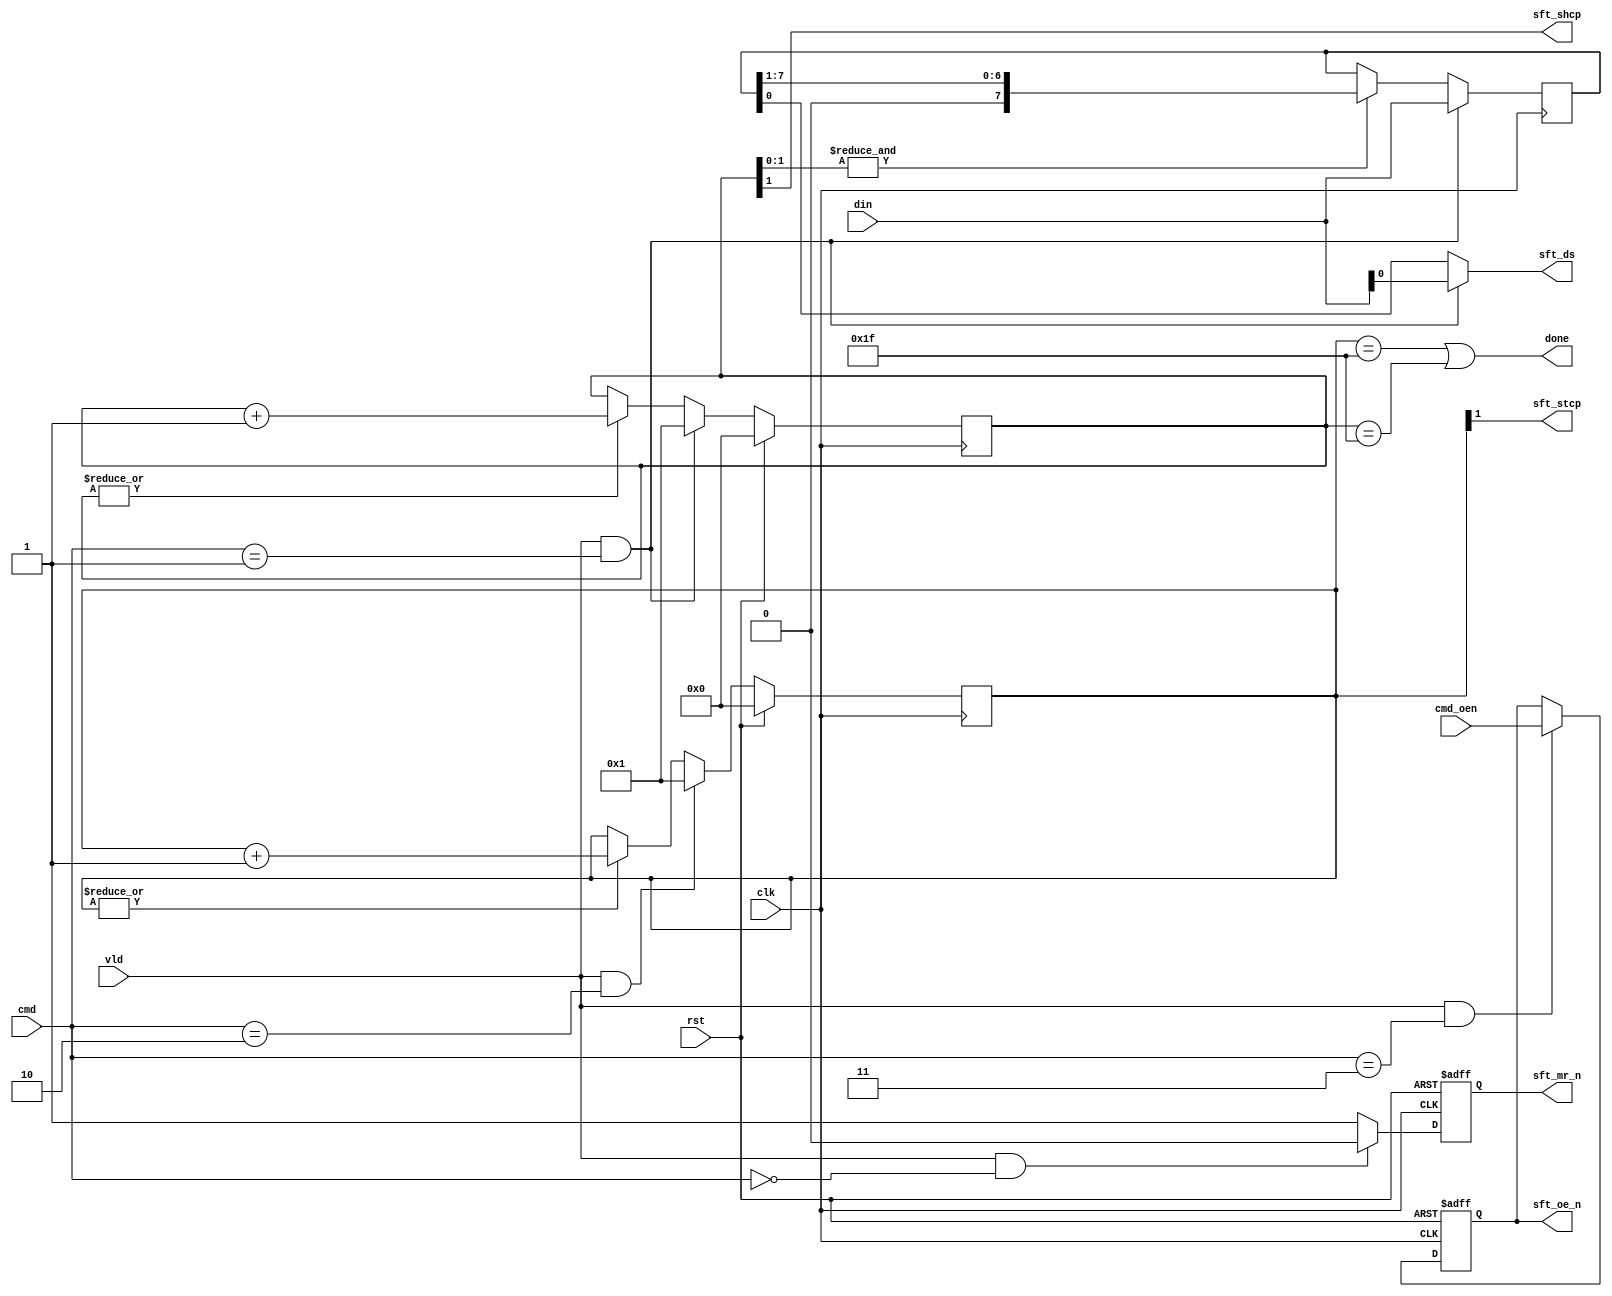
module shift(
input        clk      ,
input        rst      ,
input        vld      ,
input  [1:0] cmd      ,
input        cmd_oen  ,
input  [7:0] din      ,
output       done     ,

output       sft_shcp ,
output       sft_ds   ,
output       sft_stcp ,
output       sft_mr_n ,
output       sft_oe_n 
);

reg sft_mr_n ;
reg sft_oe_n ;
always @ ( posedge clk or posedge rst ) begin
	if( rst )
		sft_mr_n <= 1'b1 ;
	else if( vld && cmd == 2'b00 )
		sft_mr_n <= 1'b0 ;
	else
		sft_mr_n <= 1'b1 ;
end

always @ ( posedge clk or posedge rst ) begin
	if( rst )
		sft_oe_n <= 1'b1 ;
	else if( vld && cmd == 2'b11 )
		sft_oe_n <= cmd_oen ;
end

//--------------------------------------------------
// shcp counter
//--------------------------------------------------
reg [4:0] shcp_cnt ;
always @ ( posedge clk ) begin
	if( rst )
		shcp_cnt <= 0 ;
	else if( vld && cmd == 2'b01 )
		shcp_cnt <= 1 ;
	else if( |shcp_cnt )
		shcp_cnt <= shcp_cnt + 1 ;
end

assign sft_shcp = shcp_cnt[1] ;

reg [7:0] data ;
always @ ( posedge clk ) begin
	if( vld && cmd == 2'b01 )
		data <= din ;
	else if( &shcp_cnt[1:0] )
		data <= data >> 1 ;
end

assign sft_ds = (vld&&cmd==2'b01) ? din[0] : data[0] ;


//--------------------------------------------------
// sft_stcp
//--------------------------------------------------
reg [4:0] stcp_cnt ;
always @ ( posedge clk ) begin
	if( rst )
		stcp_cnt <= 0 ;
	else if( vld && cmd == 2'b10 )
		stcp_cnt <= 1 ;
	else if( |stcp_cnt )
		stcp_cnt <= stcp_cnt + 1 ;
end
assign sft_stcp = stcp_cnt[1] ;

//--------------------------------------------------
// done
//--------------------------------------------------
assign done = (stcp_cnt == 31) || (shcp_cnt == 31) ;

endmodule